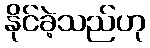
နိုင်ခဲ့သည်ဟု